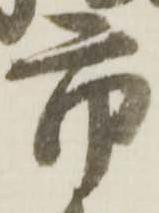
市